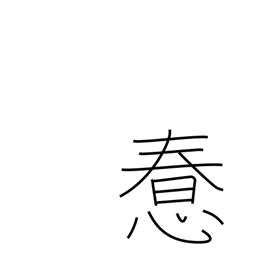
Meaning: foolish